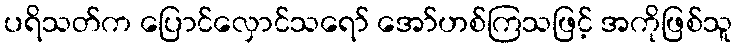
ပရိသတ်က ပြောင်လှောင်သရော် အော်ဟစ်ကြသဖြင့် အကိုဖြစ်သူ